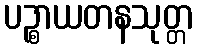
ပဉ္စာယတနသုတ္တ